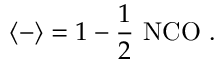
\langle - \rangle = 1 - \frac { 1 } { 2 } ~ \mathrm { N C O } ~ .